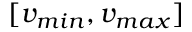
[ v _ { m i n } , v _ { m a x } ]